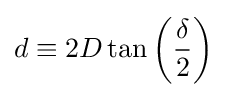
d\equiv 2D\tan \left({\frac {\delta }{2}}\right)